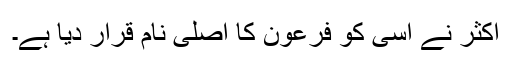
اکثر نے اسی کو فرعون کا اصلی نام قرار دیا ہے۔